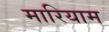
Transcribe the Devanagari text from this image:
मारियाम